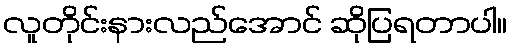
လူတိုင်းနားလည်အောင် ဆိုပြရတာပါ။